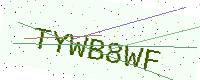
Text: TYWB8WF